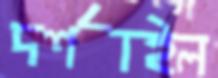
দর্শাইল